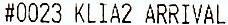
#0023 KLIA2 ARRIVAL